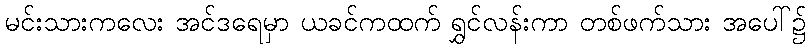
မင်းသားကလေး အင်ဒရေမှာ ယခင်ကထက် ရွှင်လန်းကာ တစ်ဖက်သား အပေါ်၌